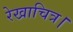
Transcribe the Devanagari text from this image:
रेखाचित्र।